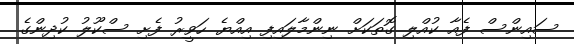
ސައިންސް ފެއާ ކުއްލި ގޮތަކަށް ނިންމާލައިފި އިއްޔެ ހަވީރު ފެށި ސްކޫލު ކުދިންގެ